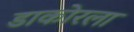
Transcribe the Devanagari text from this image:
डाकोरला